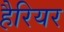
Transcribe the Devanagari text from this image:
हैरियर